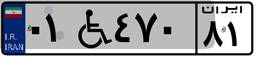
۰۱W۴۷۰۸۱